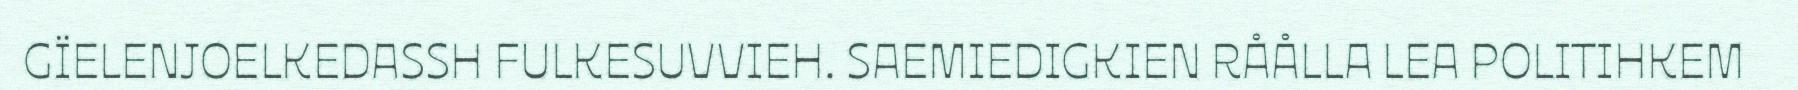
GÏELENJOELKEDASSH FULKESUVVIEH. SAEMIEDIGKIEN RÅÅLLA LEA POLITIHKEM